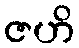
ဇဟိ